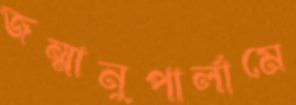
জন্মানুপার্লামে